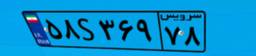
۱۹S۰۶۸۲۴